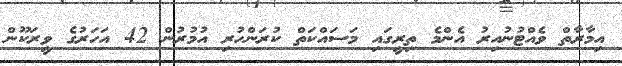
އިމާރާތް ވެއްޓުނުއިރު އެންމެ ތިރީގައި މަސައްކަތް ކުރަންހުރި އުމުރުން 42 އަހަރުގެ ވީރަކޫން